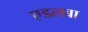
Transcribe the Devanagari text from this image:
एडलबा